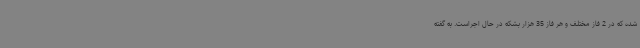
شده که در 2 فاز مختلف و هر فاز 35 هزار بشکه در حال اجراست. به گفته